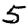
Digit: 5